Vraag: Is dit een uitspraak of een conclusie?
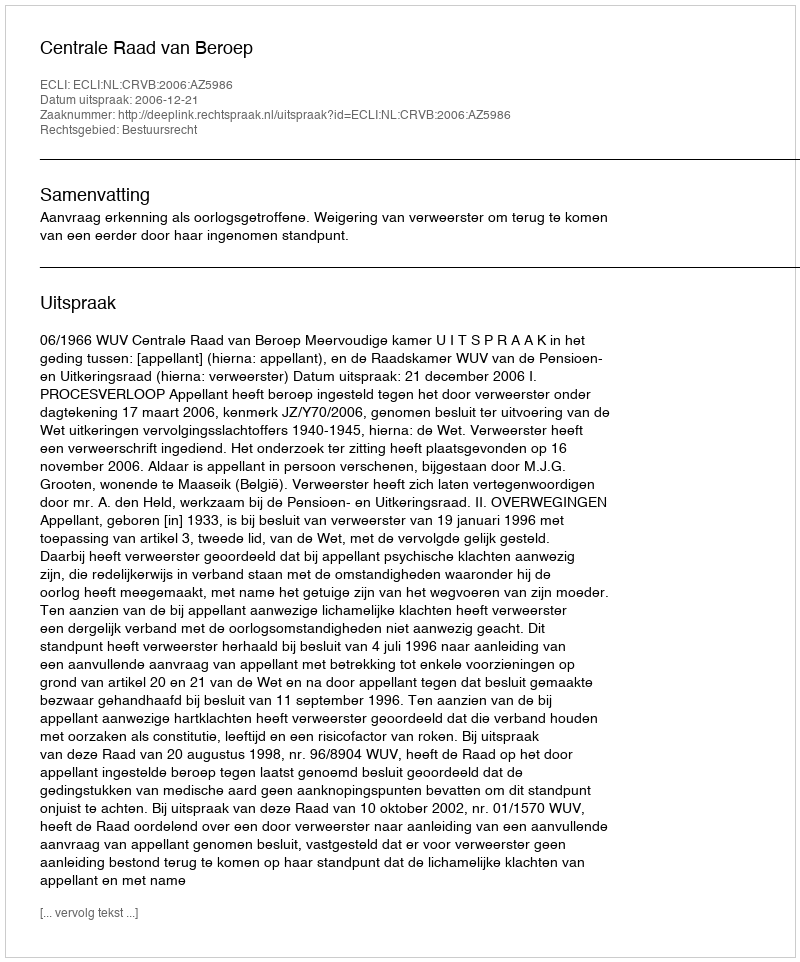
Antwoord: Uitspraak